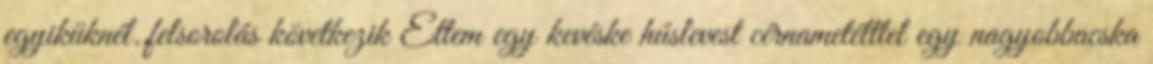
egyiküknél..felsorolás következik Ettem egy kevéske húslevest cérnametélttel egy nagyobbacska